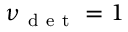
\nu _ { \mathrm { ~ d ~ e ~ t ~ } } = 1